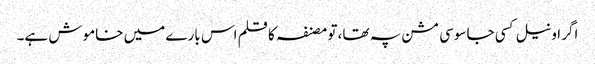
اگر اونیل کسی جاسوسی مشن پہ تھا، تو مصنفہ کا قلم اس بارے میں خاموش ہے۔